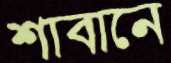
শাবানে